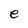
Character: e